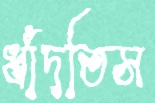
ধাঁদতিস